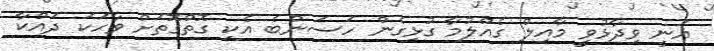
ޣަނީ ވިދާޅުވީ މާއިލް ގެއްލުމާ ގުޅިގެން ހަސަންބެ އެކި ގޮތްގޮތަށް ވާހަކަ ދައްކާ